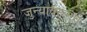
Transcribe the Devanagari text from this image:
जुन्यावरूनच